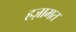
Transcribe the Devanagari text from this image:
हज़ामत